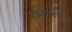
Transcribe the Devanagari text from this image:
शफाल